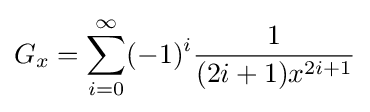
G_{x}=\sum _{i=0}^{\infty }(-1)^{i}{\frac {1}{(2i+1)x^{2i+1}}}